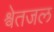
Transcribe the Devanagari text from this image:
श्वेतजल